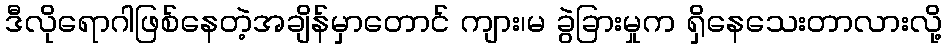
ဒီလိုရောဂါဖြစ်နေတဲ့အချိန်မှာတောင် ကျား၊မ ခွဲခြားမှုက ရှိနေသေးတာလားလို့